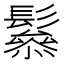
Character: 𩯑